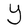
Character: Y